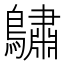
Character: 𪆭